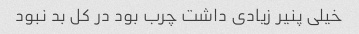
خیلی پنیر زیادی داشت چرب بود در کل بد نبود